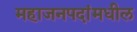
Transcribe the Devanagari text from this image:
महाजनपदांमधील